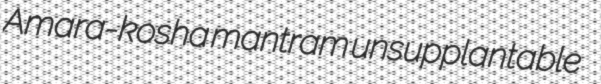
Amara-kosha mantram unsupplantable